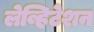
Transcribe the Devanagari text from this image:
लेव्हिटेशन